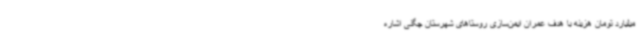
میلیارد تومان هزینه با هدف عمران ایمن‌سازی روستاهای شهرستان چگنی اشاره